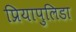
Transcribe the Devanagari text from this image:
प्रियापुलिडा